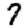
Digit: 7